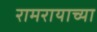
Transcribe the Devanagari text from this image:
रामरायाच्या